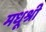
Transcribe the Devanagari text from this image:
मधूश्री